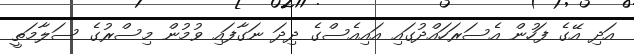
އަދި އޭގެ ފަހުން އެސަރަހައްދުގައި އައިއެސްގެ ދިދަ ނަގާފައި ވުމުން މިސްރުގެ ސަލާމަތީ